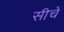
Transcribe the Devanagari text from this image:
सीचें